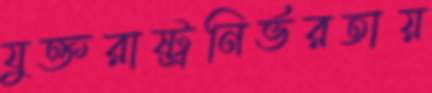
যুক্তরাষ্ট্রনির্ভরতায়